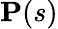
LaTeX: \mathbf P(s)